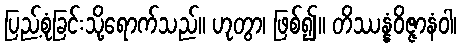
ပြည့်စုံခြင်းသို့ရောက်သည်။ ဟုတွာ၊ ဖြစ်၍။ တိဿန္နံဝိဇ္ဇာနံဝါ၊